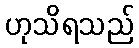
ဟုသိရသည်